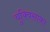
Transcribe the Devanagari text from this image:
चुक्विसाका